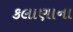
કલાણાના